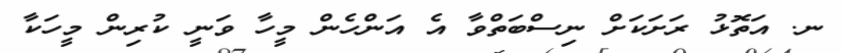
ނ. އަތޮޅު ރަށަކަށް ނިސްބަތްވާ އެ އަންހެން މީހާ ވަނީ ކުރިން މީހަކާ